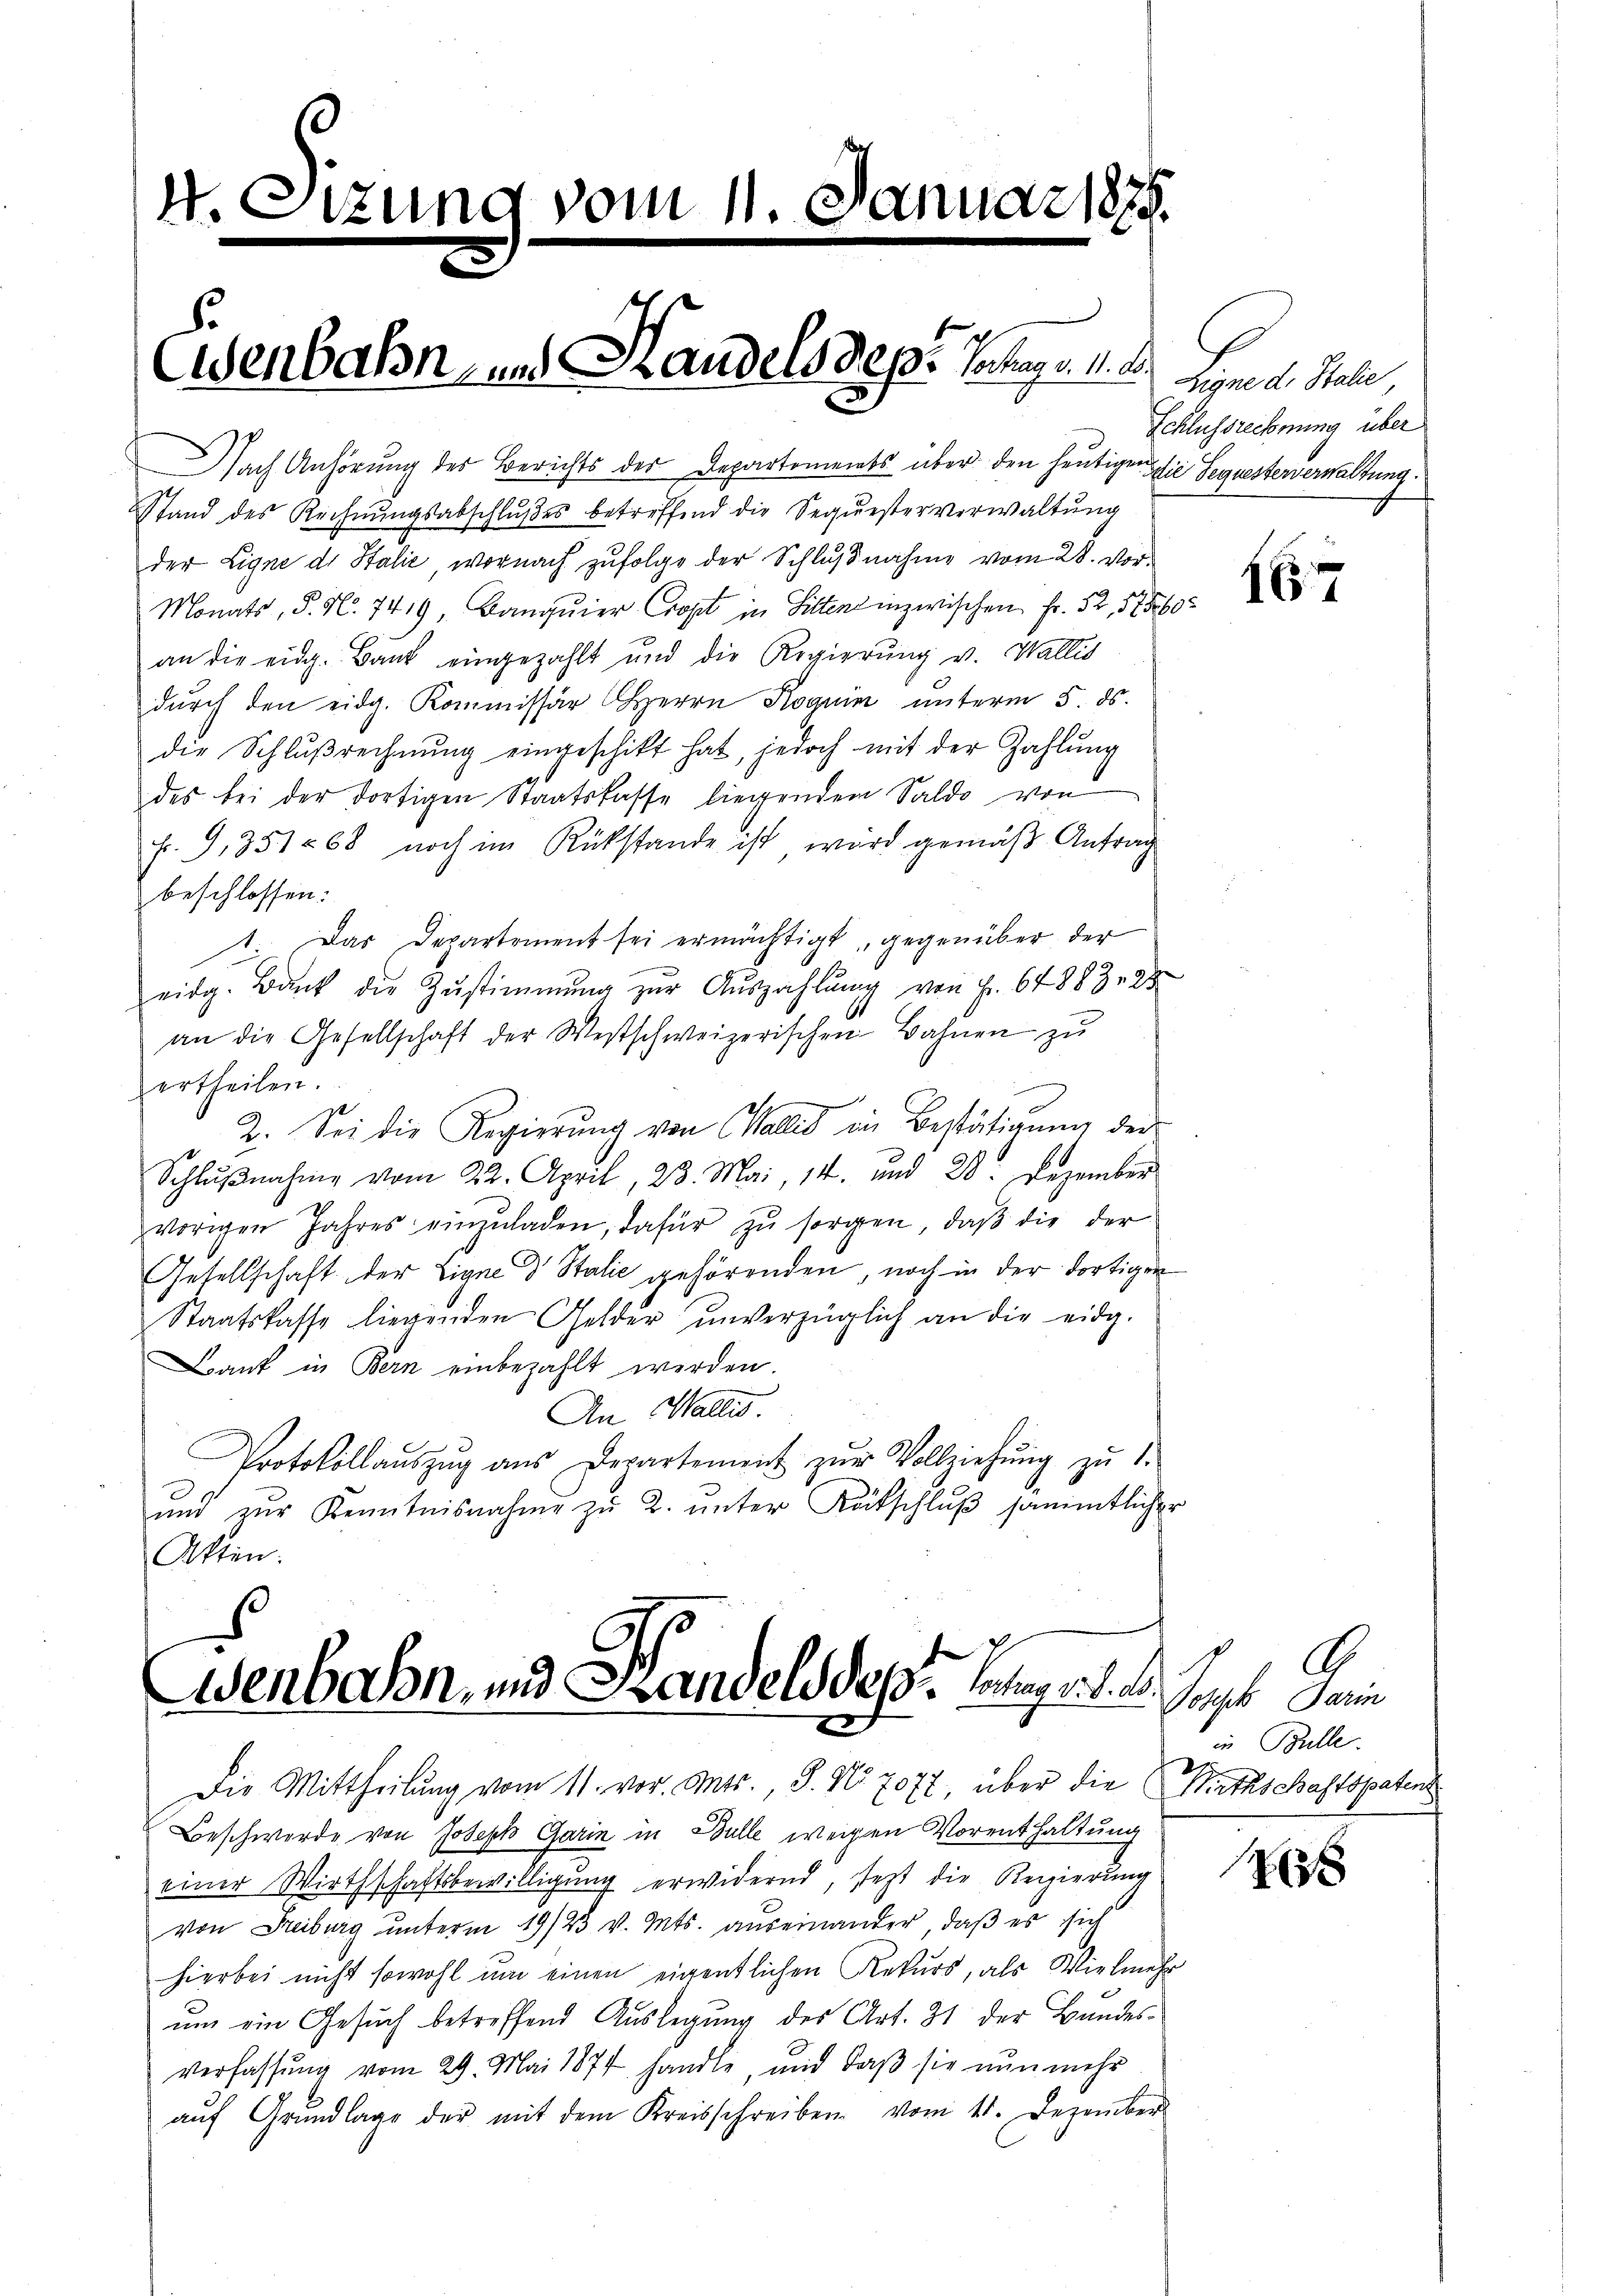
Nach Anhörung des Berichts der Departements über den heutigen die Sequesterverwaltung
Stand des Rechnŭngsabschlußes betreffend die Sequesterverwaltung
der Eigne de Stalić, wornach zufolge der Schlußnahme vom 28. Vor¬
Monats, S. Nr. 7419, Banquier Cropt in Sitten inzwischen Fr. 52, 17560
an die eidg. Bank eingezahlt und die Regierŭng v. Wallis
durch den eidg. Kommissär Herrn Roguin unterm 5. ds.
die Schlŭβrechnŭng eingeschikt hat, jedoch mit der Zahlŭng
des bei der dortigen Staatskasse liegendem Saldo von
f. 9, 351. 68 noch im Rückstande ist, wird gemäß Antrag
beschlossen:
1. Das Departement sei ermächtigt, gegenüber der
eidg. Bank die Zustimmung zur Auszahlung von Fr. 64883, 28
an die Gesellschaft der Westschweizerischen Bahnen zŭ
ertheilen.
2. Sei die Regierŭng von Wallis in Bestätigŭng der
Schlŭβnahme vom 22. April, 23. Mai, 14. und 28. Dezember
vorigen Jahres einzŭladen, dafür zŭ sorgen, daß die der
Gesellschaft der Eigne d Stalić gehörenden, noch in der dortigen
Staatskasse liegenden Gelder unverzüglich an die eidg.
Bank in Bern einbezahlt werden.
An Wallis.
Protokollauszug aus Departement zŭr Vollziehung zu 1.
ŭnd zŭr Kenntnisnahme zŭ 2. ŭnter Rückschlŭβ sämmtlicher
Akten.

v. Etzung vom 11. J

Eisenbahn- und Handelsdep: Jahrg. 11.

Anuar 187.

Wenbahn, und Handels des Aug. d. d.
2

Die Mittheilŭng vom 11. vor. Mts., S. Nr. 707, über die Rathschaftspaten
Beschwerde von Joseph Garin in Bulle weigen Vorenthaltung
einer Wirthschaftsbewilligung erwidernd, sezt die Regierung
von Freiburg ŭnterm 19/23 v. Mts. auseinander, daβ es sich
hierbei nicht sowohl um einen eigentlichen Rekurs, als Vielmehr
um ein Gesuch betreffend Auslegung des Art. 31 der Bandesverfassung vom 29. Mai 1874 handle, und daß sie nun mehr
aŭf Grŭndlage der mit dem Kreisschreiben vom 11. Dezember

Ligen d. Stelle
Schlussrechnung über

17

.
Sohek darin
in Bulle.

3 x